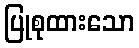
ပြုစုထားသော